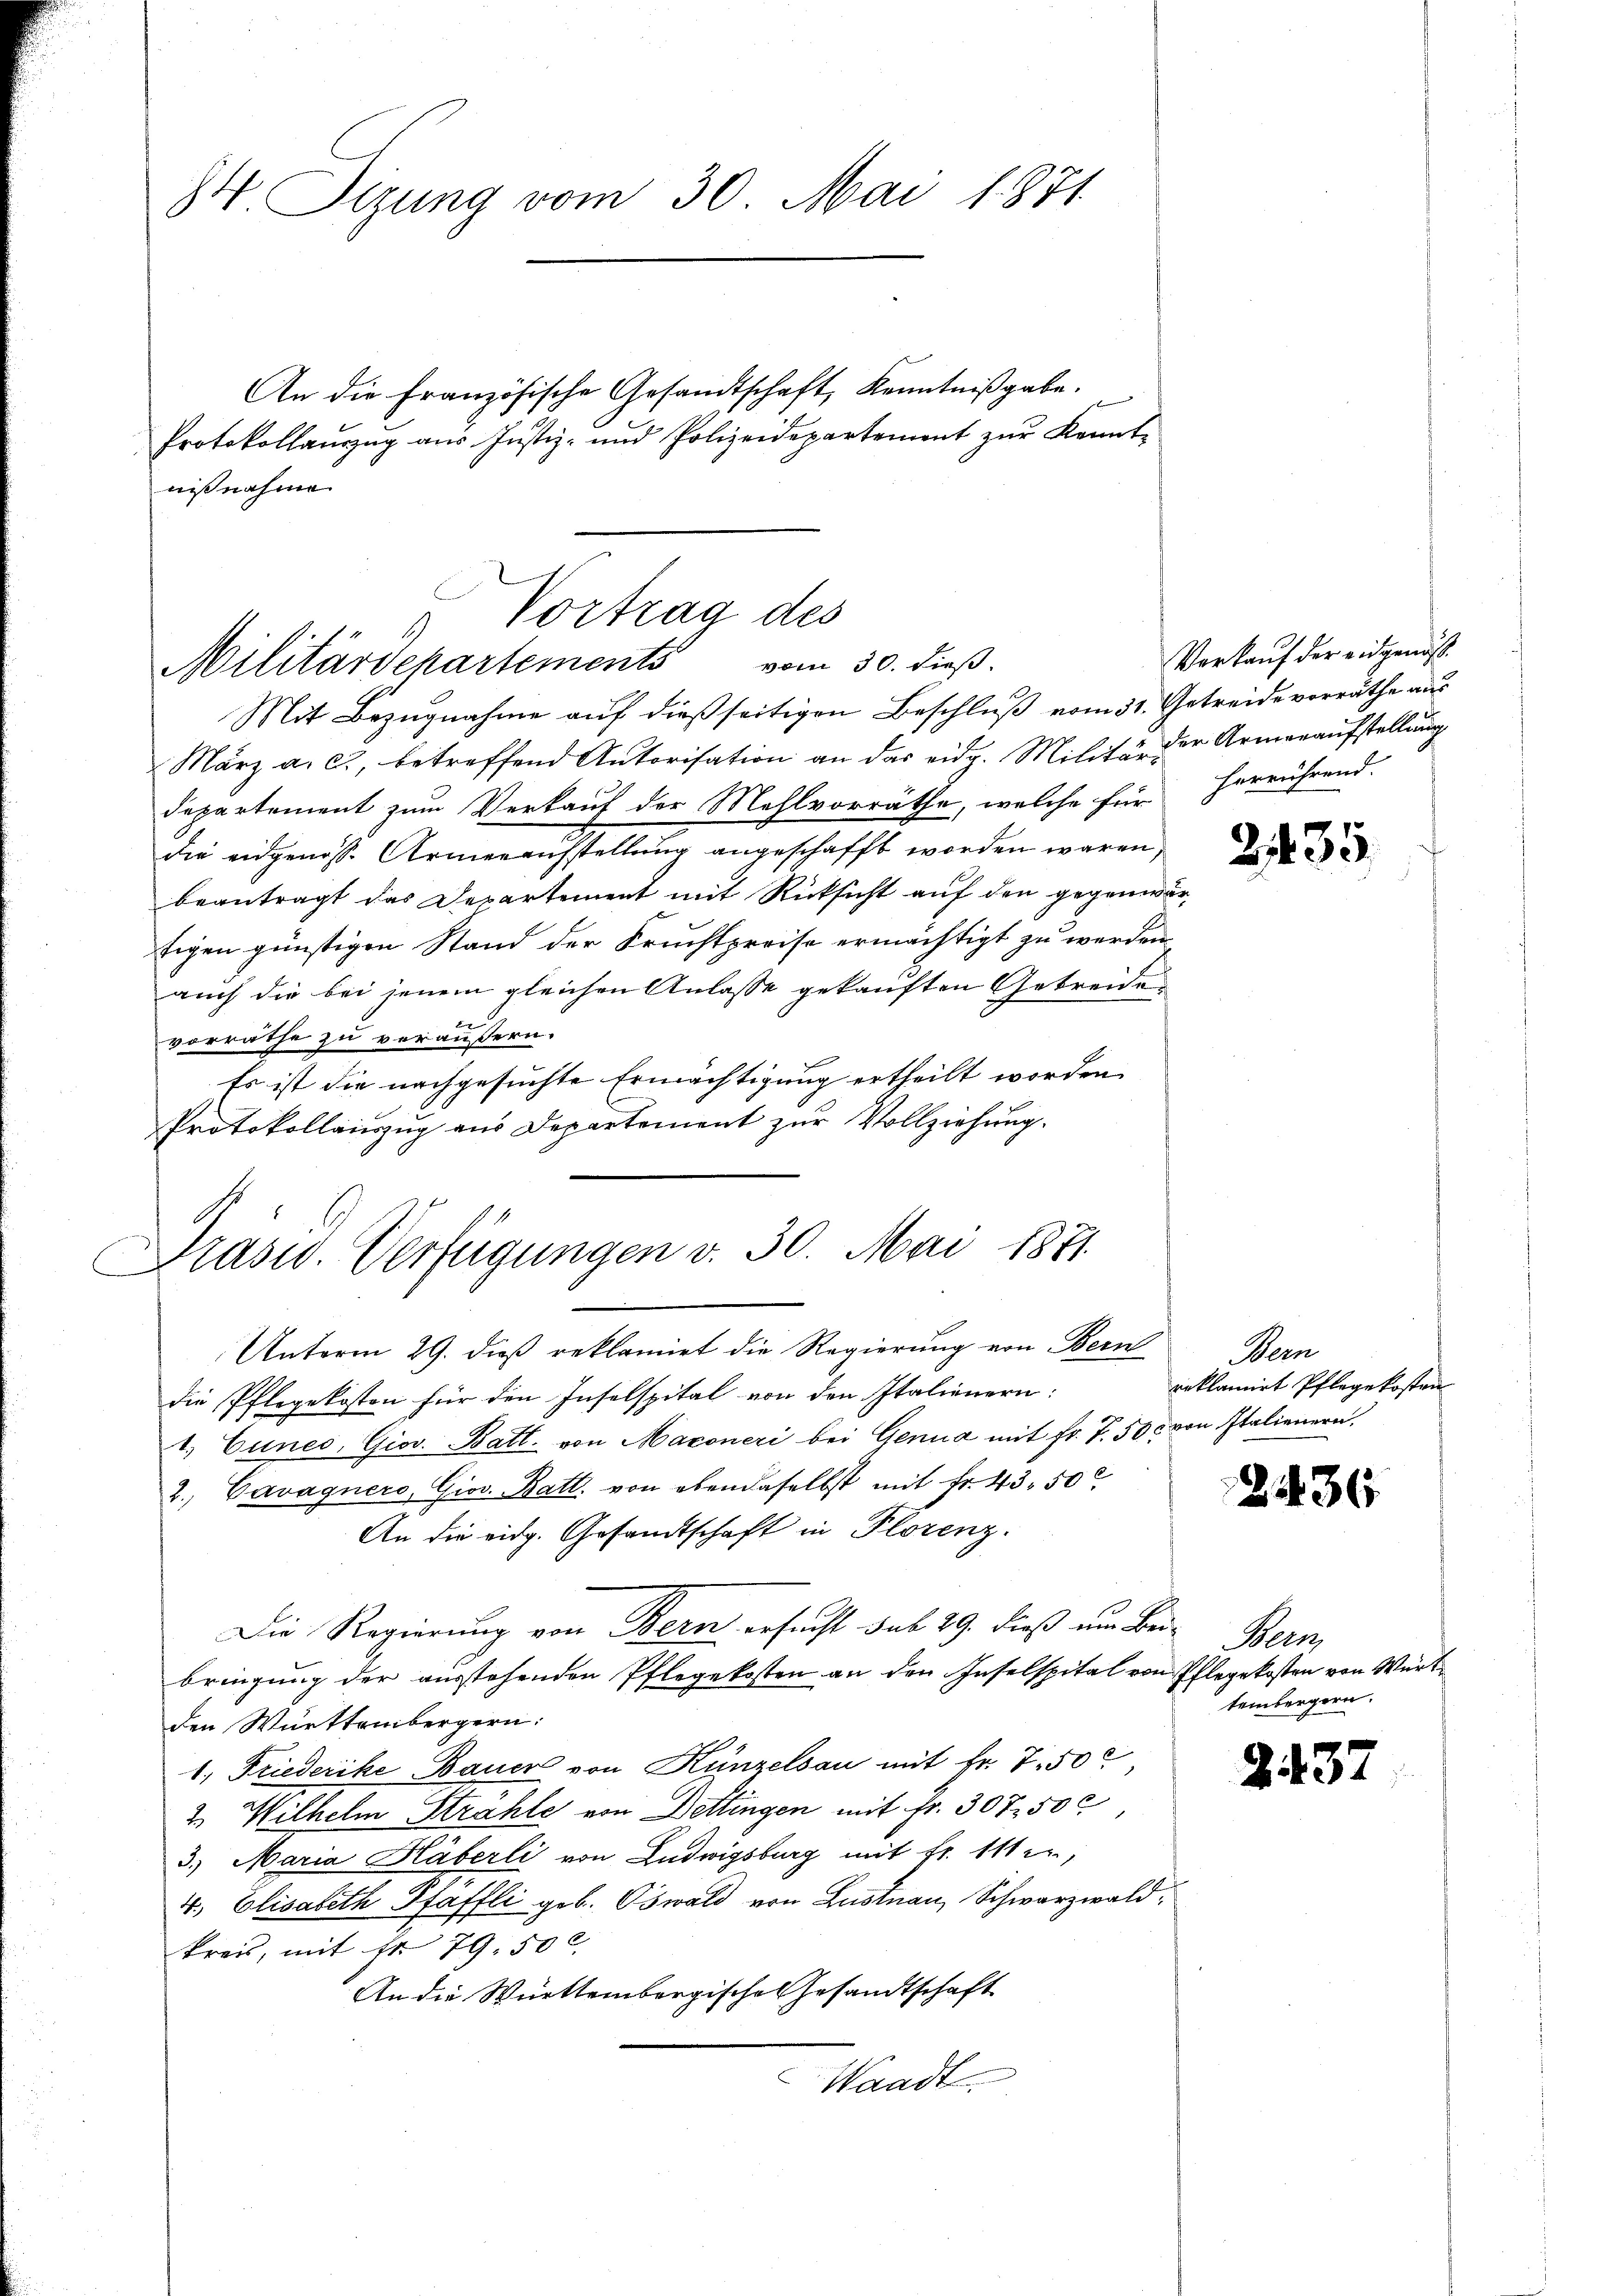
84 Sizung vom 30. Mai 1871.

An die Französische Gesandtschaft, Kenntnißgabe.
Protokollauszug aus Justiz- und Polizeidepartement zŭr Kennt-
nißnahme

Vortrag des
Militärschartements vom 30. dieß.

Präsid. Verfügungen v. 30. Mai 1871

Mit Bezugnahme auf dießseitigen Beschluß vom 31. Getreide vorräthe aus
März a. c., betreffend Autorisation an das eidg. Militär der Armenaufstellŭng
departement zum Verkauf der Mehlvorräthe, welche für herrührend.
die eidgenöss. Armenaufstellung angeschafft worden wären,
beantragt das Departement mit Rücksicht auf den gegenwär¬
Eigen günstigen Stand der Fruchtpreise ermächtigt zu werden
auch die bei jenem gleichen Anlasse gekauften Getreide
vorräthe zu veräußern.
Es ist die nachgesuchte Ermächtigung ertheilt worden
Protokollauszug aus Departement zur Vollziehung.
Unterm 29. dieß reklamirt die Regierung von Bern Bern
die Pflegekosten für den Inselspital von den Italienern:
1. Cunes, Giov. Batt. von Maconeri bei Genua mit Fr. T. 50c von Italienern,
2. Cavagnero, Giov. Batt. von obendaselbst mit Fr. 43. 50
An die eidg. Gesandtschaft in Plorenz.
Die Regierung von Bern ersucht sub 29. dieß um Bei-
bringung der ausstehenden Pflegekosten an den Inselspital von Pflegekosten von Würt
den Württembergern:
1. Friederike Bauer von Künzelsau mit Fr. 7500
2. Wilhelm Strahle von Döttingen mit Fr. 307. 50c
3.) Maria Haberli von Ludwigsburg mit Fr. 111 2.,
4., Elisabeth Pfaffli geb. Oswald von Lustnau, Schwarzwald,
kreis, mit Fr. 79. 50 l.
An die Württembergische Gesandtschaft
Wandl

Verkauf der eidgenöß¬

2.

135

reklamirt Pflegekosten

2436.

Meen
tembergern.

43.